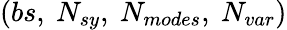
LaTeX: (bs,\ N_{sy},\ N_{modes},\ N_{var})